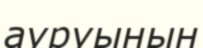
ауруынын